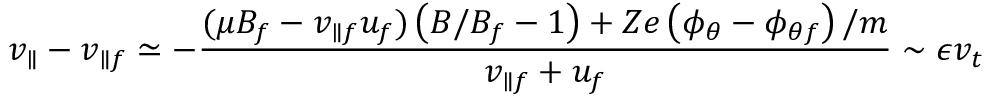
v _ { \parallel } - v _ { \parallel f } \simeq - \frac { ( \mu B _ { f } - v _ { \parallel f } u _ { f } ) \left( B / B _ { f } - 1 \right) + Z e \left( \phi _ { \theta } - \phi _ { \theta f } \right) / m } { v _ { \parallel f } + u _ { f } } \sim \epsilon v _ { t }